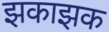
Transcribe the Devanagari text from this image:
झकाझक